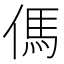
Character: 傌